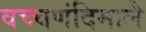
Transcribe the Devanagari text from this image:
वच्चणंदिमालै